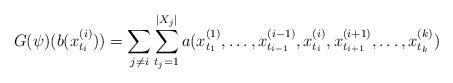
LaTeX: \begin{align*}G(\psi)(b(x^{(i)}_{t_i}))= \sum _{j\ne i} \sum_{t_j=1}^{|X_j|} a(x^{(1)}_{t_1},\dots ,x^{(i-1)}_{t_{i-1}}, x^{(i)}_{t_i},x^{(i+1)}_{t_{i+1}},\dots ,x^{(k)}_{t_k})\end{align*}